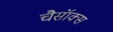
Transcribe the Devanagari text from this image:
चैसॉक्स